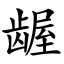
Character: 龌